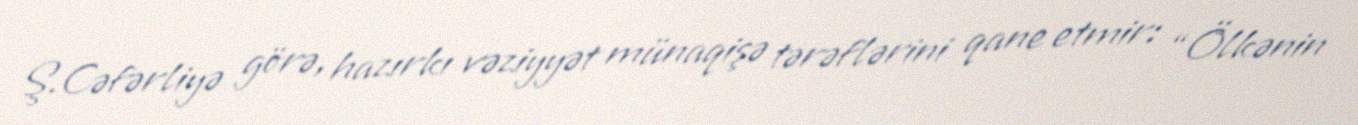
Ş.Cəfərliyə görə, hazırkı vəziyyət münaqişə tərəflərini qane etmir: “Ölkənin